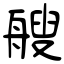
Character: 艘